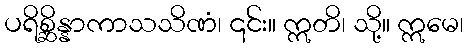
ပရိစ္ဆိန္နာကာသသိဏံ၊ ၎င်း။ ဣတိ၊ သို့။ ဣမေ၊